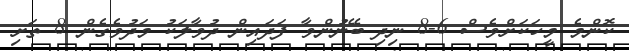
ކޮންމެ މީހަކަށްވެސް 6-8 ނިދި ބޭނުންވާ ފަދައިން ދުވާލަކު މަދުވެގެން 8 ތަށި